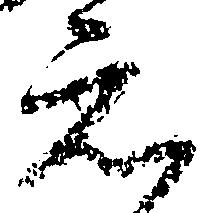
元